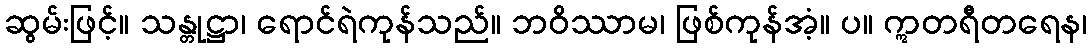
ဆွမ်းဖြင့်။ သန္တုဋ္ဌာ၊ ရောင်ရဲကုန်သည်။ ဘဝိဿာမ၊ ဖြစ်ကုန်အံ့။ ပ။ ဣတရီတရေန၊